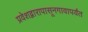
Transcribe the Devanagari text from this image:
प्रवेशद्वारापासूनगावापर्यंत